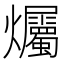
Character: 爥